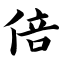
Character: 倍